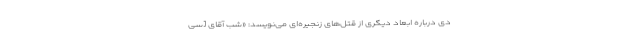
دی درباره ابعاد دیگری از قتل‌های زنجیره‌ای می‌نویسد: «شب آقاى [سی